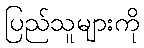
ပြည်သူများကို